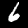
Digit: 6